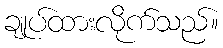
ချုပ်ထားလိုက်သည်။